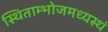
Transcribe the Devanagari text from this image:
स्थिताम्भोजमध्यस्थं